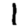
Digit: 1